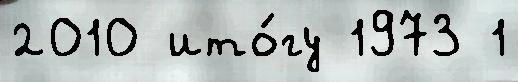
2010 ито́гу 1973 1